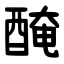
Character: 醃